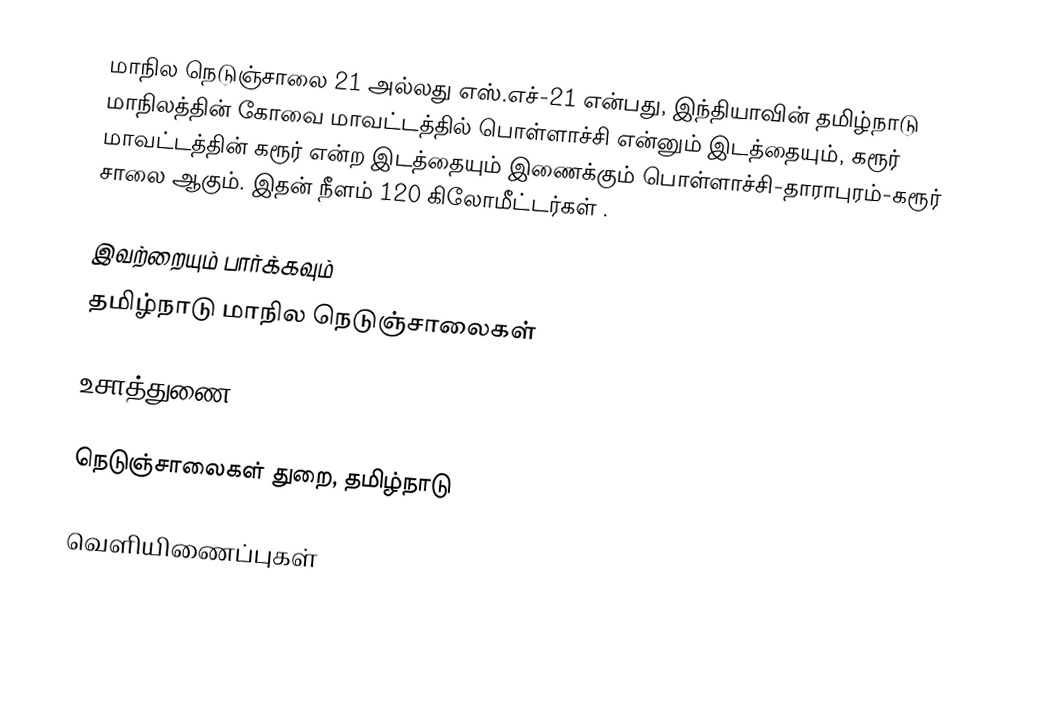
மாநில நெடுஞ்சாலை 21 அல்லது எஸ்.எச்-21 என்பது, இந்தியாவின் தமிழ்நாடு மாநிலத்தின் கோவை மாவட்டத்தில் பொள்ளாச்சி என்னும் இடத்தையும், கரூர் மாவட்டத்தின் கரூர் என்ற இடத்தையும் இணைக்கும் பொள்ளாச்சி-தாராபுரம்-கரூர் சாலை ஆகும். இதன் நீளம் 120  கிலோமீட்டர்கள் .

இவற்றையும் பார்க்கவும்
 தமிழ்நாடு மாநில நெடுஞ்சாலைகள்

உசாத்துணை

 நெடுஞ்சாலைகள் துறை, தமிழ்நாடு

வெளியிணைப்புகள்